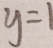
y = 1